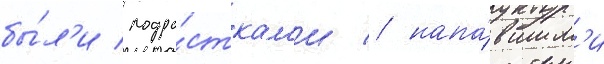
бы́л'и подро́сткам'и / напа́вшим'и